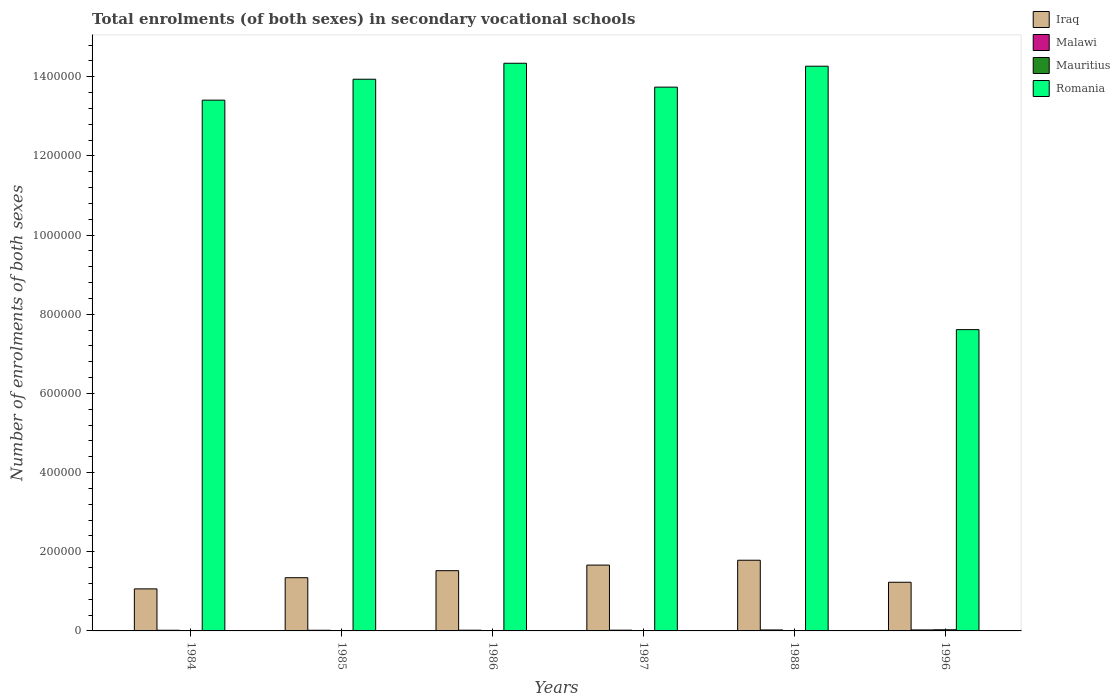
| Years | Iraq | Malawi | Mauritius | Romania |
 | --- | --- | --- | --- | --- |
 | 1984 | 1.06e+05 | 1.69e+03 | 834 | 1.34e+06 |
 | 1985 | 1.34e+05 | 1.67e+03 | 865 | 1.39e+06 |
 | 1986 | 1.52e+05 | 1.82e+03 | 962 | 1.43e+06 |
 | 1987 | 1.66e+05 | 1.86e+03 | 863 | 1.37e+06 |
 | 1988 | 1.79e+05 | 2.43e+03 | 952 | 1.43e+06 |
 | 1996 | 1.23e+05 | 2.52e+03 | 2.9e+03 | 7.61e+05 |